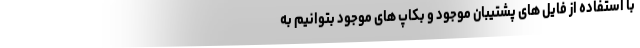
با استفاده از فایل های پشتیبان موجود و بکاپ های موجود بتوانیم به